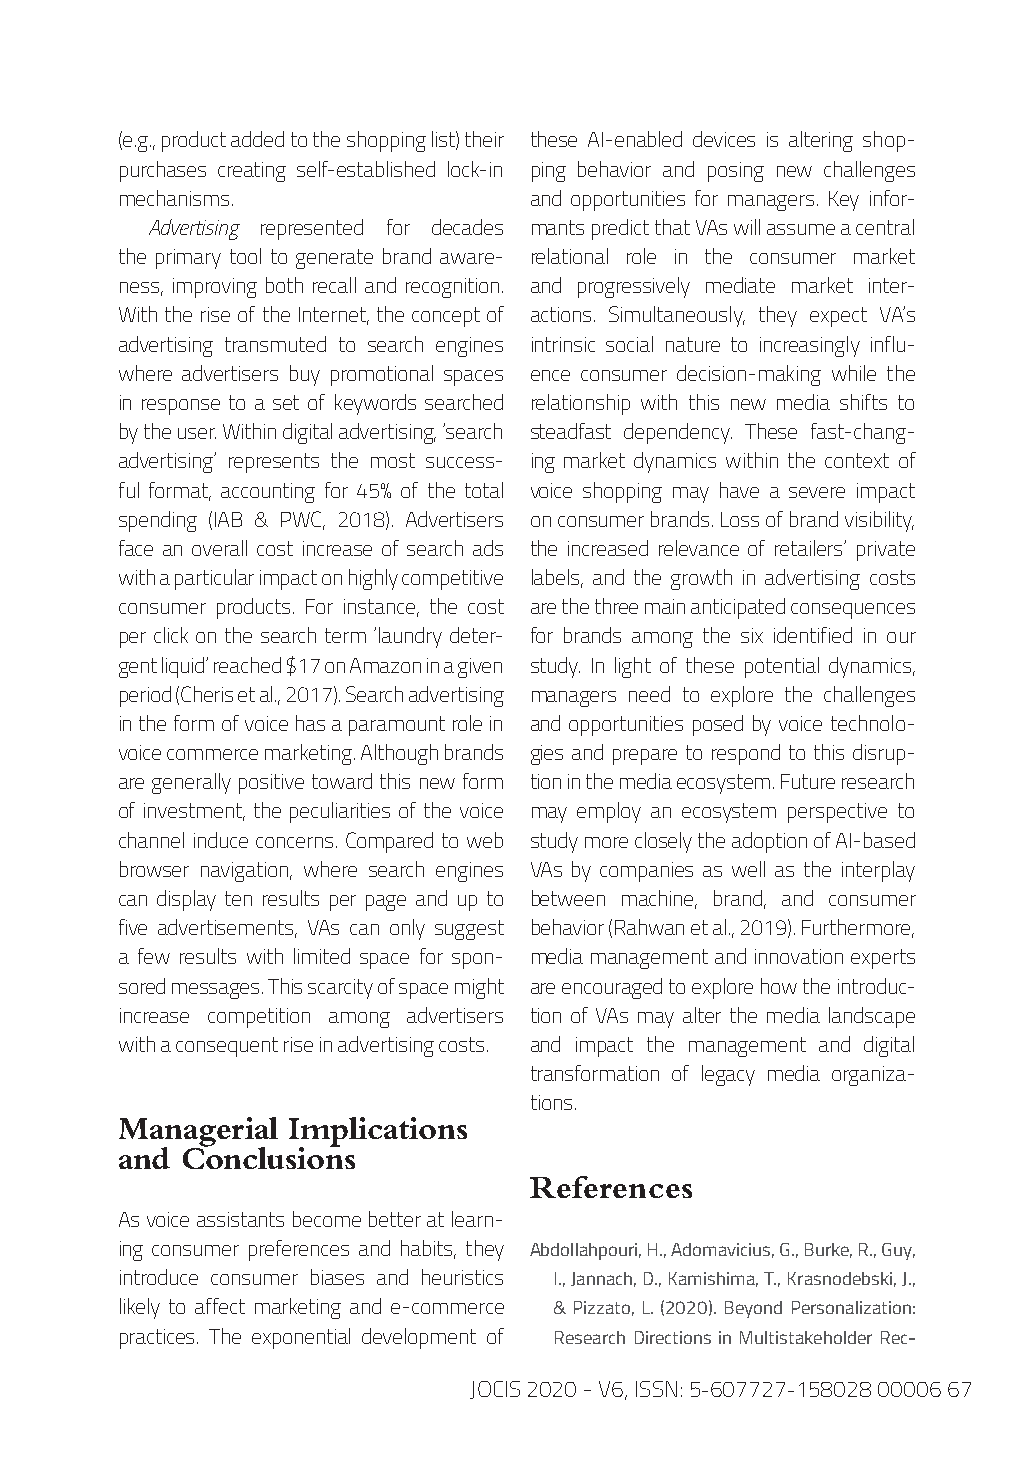
(e.g., product added to the shopping list) their these AI-enabled devices is altering shop-
 purchases creating self-established lock-in ping behavior and posing new challenges
 mechanisms.                and opportunities for managers. Key infor-
 Advertising represented for decades mants predict that VAs will assume a central
 the primary tool to generate brand aware- relational role in the consumer market
 ness, improving both recall and recognition. and progressively mediate market inter-
 With the rise of the Internet, the concept of actions. Simultaneously, they expect VA’s
 advertising transmuted to search engines intrinsic social nature to increasingly influ-
 where advertisers buy promotional spaces ence consumer decision-making while the
 in response to a set of keywords searched relationship with this new media shifts to
 by the user. Within digital advertising, ‘search steadfast dependency. These fast-chang-
 advertising’ represents the most success- ing market dynamics within the context of
 ful format, accounting for 45% of the total voice shopping may have a severe impact
 spending (IAB & PWC, 2018). Advertisers on consumer brands. Loss of brand visibility,
 face an overall cost increase of search ads the increased relevance of retailers’ private
 with a particular impact on highly competitive labels, and the growth in advertising costs
 consumer products. For instance, the cost are the three main anticipated consequences
 per click on the search term ‘laundry deter- for brands among the six identified in our
 gent liquid’ reached $17 on Amazon in a given study. In light of these potential dynamics,
 period (Cheris et al., 2017). Search advertising managers need to explore the challenges
 in the form of voice has a paramount role in and opportunities posed by voice technolo-
 voice commerce marketing. Although brands gies and prepare to respond to this disrup-
 are generally positive toward this new form tion in the media ecosystem. Future research
 of investment, the peculiarities of the voice may employ an ecosystem perspective to
 channel induce concerns. Compared to web study more closely the adoption of AI-based
 browser navigation, where search engines VAs by companies as well as the interplay
 can display ten results per page and up to between machine, brand, and consumer
 five advertisements, VAs can only suggest behavior (Rahwan et al., 2019). Furthermore,
 a few results with limited space for spon- media management and innovation experts
 sored messages. This scarcity of space might are encouraged to explore how the introduc-
 increase competition among advertisers tion of VAs may alter the media landscape
 with a consequent rise in advertising costs. and impact the management and digital
 transformation of legacy media organiza-
 tions.
 Managerial Implications
 and Conclusions
 References
 As voice assistants become better at learn-
 ing consumer preferences and habits, they Abdollahpouri, H., Adomavicius, G., Burke, R., Guy,
 introduce consumer biases and heuristics I., Jannach, D., Kamishima, T., Krasnodebski, J.,
 likely to affect marketing and e-commerce & Pizzato, L. (2020). Beyond Personalization:
 practices. The exponential development of Research Directions in Multistakeholder Rec-
 JOCIS 2020 - V6, ISSN: 5-607727-158028 00006 67